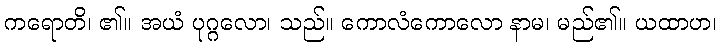
ကရောတိ၊ ၏။ အယံ ပုဂ္ဂလော၊ သည်။ ကောလံကောလော နာမ၊ မည်၏။ ယထာဟ၊